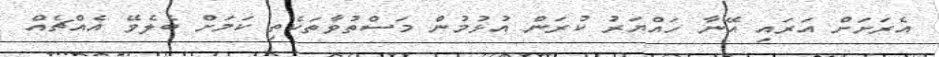
އެރަށަށް އަރައި އޭނާ ހައްޔަރު ކުރަން އުޅުމުން މަސްތުވާތަކެތި ކަމަށް ބެލެވޭ އެއްޗެއް